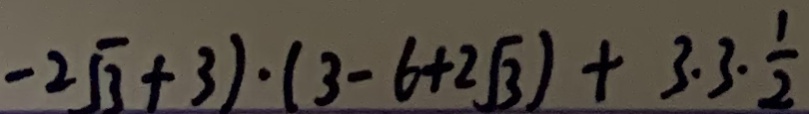
- 2 \sqrt { 3 } + 3 ) \cdot ( 3 - 6 + 2 \sqrt { 3 } ) + 3 \cdot 3 \cdot \frac { 1 } { 2 }